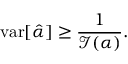
\operatorname { v a r } [ { \hat { \alpha } } ] \geq { \frac { 1 } { { \mathcal { I } } ( \alpha ) } } .